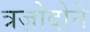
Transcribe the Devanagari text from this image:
त्रज़ोदोने